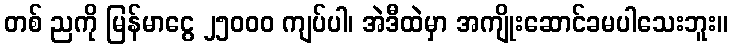
တစ် ညကို မြန်မာငွေ ၂၅၀၀၀ ကျပ်ပါ၊ အဲဒီထဲမှာ အကျိုးဆောင်ခမပါသေးဘူး။